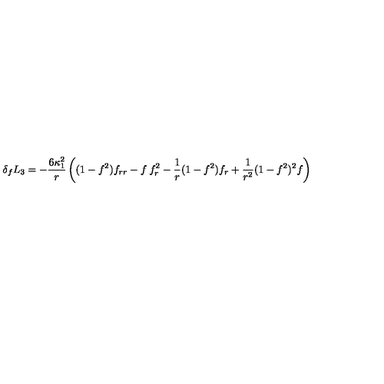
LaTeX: \delta _ { f } L _ { 3 } = - \frac { 6 \kappa _ { 1 } ^ { 2 } } { r } \left( ( 1 - f ^ { 2 } ) f _ { r r } - f \: f _ { r } ^ { 2 } - \frac { 1 } { r } ( 1 - f ^ { 2 } ) f _ { r } + \frac { 1 } { r ^ { 2 } } ( 1 - f ^ { 2 } ) ^ { 2 } f \right)